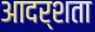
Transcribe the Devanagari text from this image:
आदर्शता